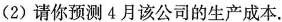
(2)请你预测4月该公司的生产成本。